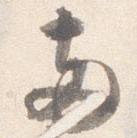
両